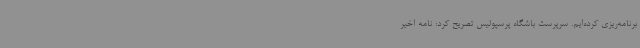
برنامه‌ریزی کرده‌ایم. سرپرست باشگاه پرسپولیس تصریح کرد: نامه اخیر